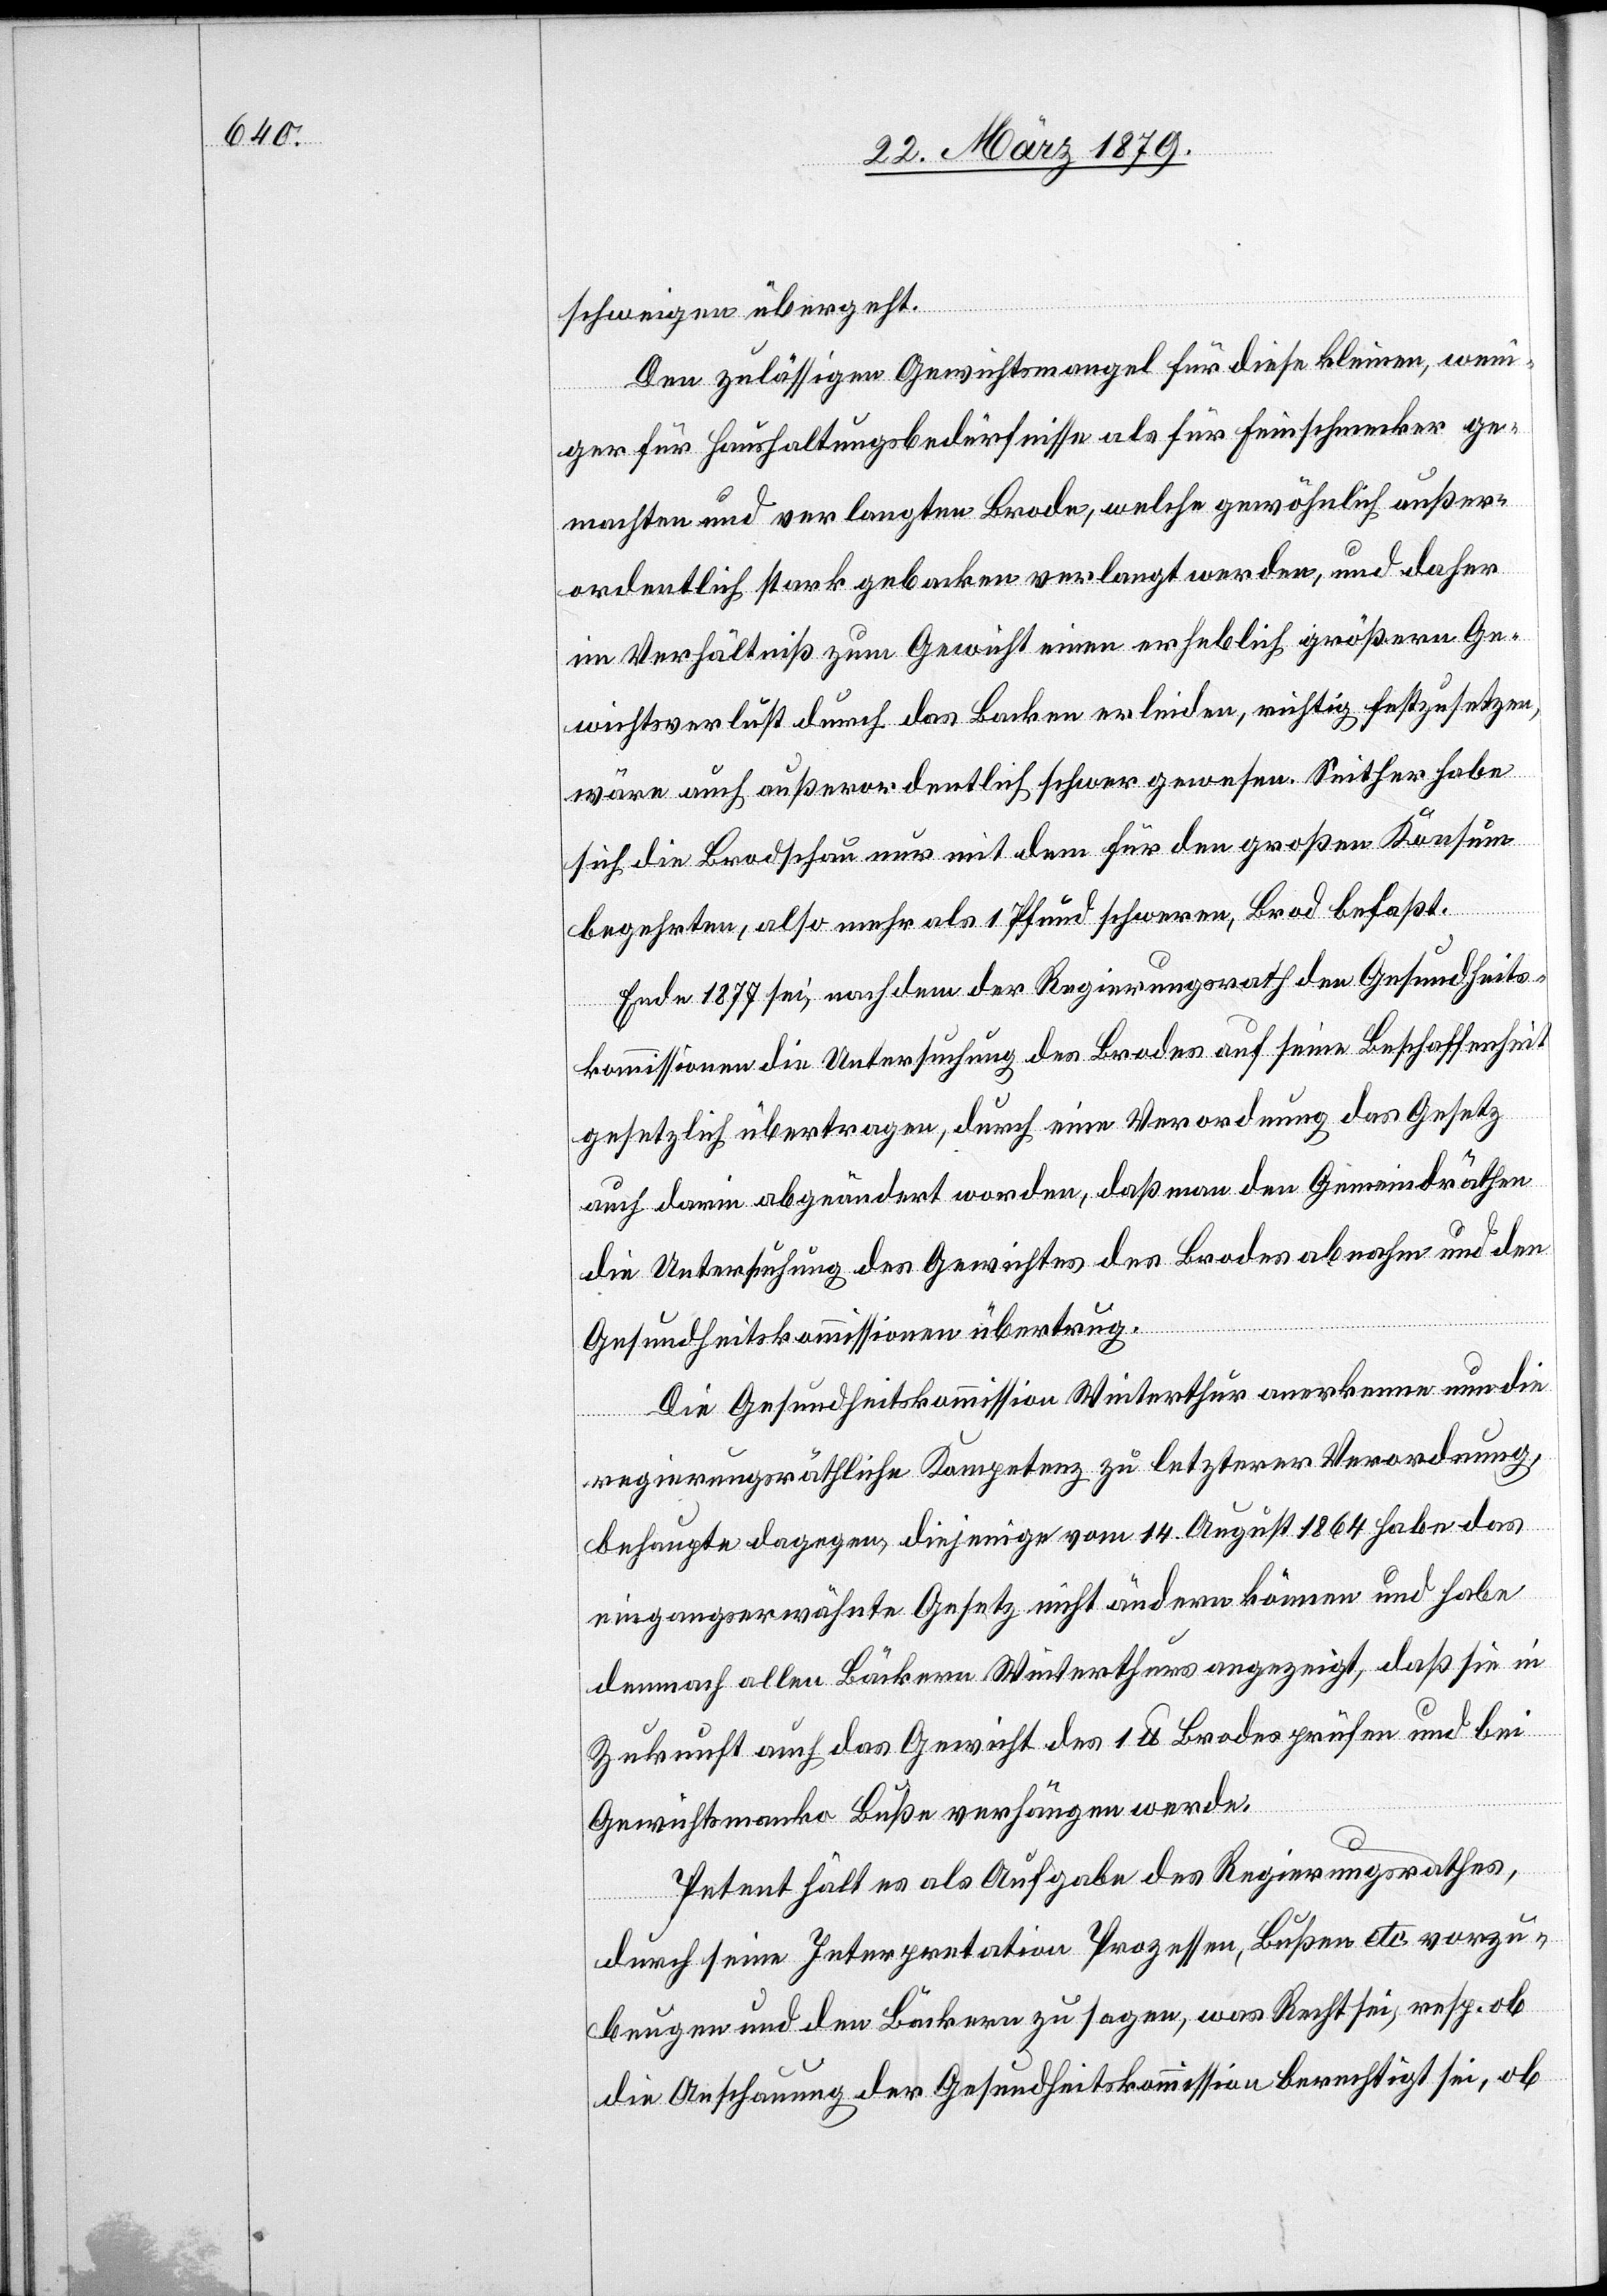
schweigen übergeht.
Den zulässigen Gewichtsmangel für diese kleinen, weni¬
ger für Haushaltungsbedürfnisse als für Feinschmecker ge¬
machten und verlangten Brode, welche gewöhnlich außer¬
ordentlich stark gebacken verlangt werden, und daher
im Verhältniß zum Gewicht einen erheblich größeren Ge¬
wichtsverlust durch das Backen erleiden, richtig festzusetzen,
wäre auch außerordentlich schwer gewesen. Seither habe
sich die Brodschau nur mit dem für den großen Konsum
begehrten, also mehr als 1 Pfund schweren, Brod befaßt.
Ende 1877 sei, nachdem der Regierungsrath den Gesundheits¬
kommissionen die Untersuchung des Brodes auf seine Beschaffenheit
gesetzlich übertragen, durch eine Verordnung das Gesetz
auch darin abgeändert worden, daß man den Gemeindräthen
die Untersuchung des Gewichtes des Brodes abnahm und den
Gesundheitskommissionen übertrug.
Die Gesundheitskommission Winterthur anerkenne nun die
regierungsräthliche Kompetenz zu letzterer Verordnung,
behaupte dagegen, diejenige vom 14. August 1864 habe das
eingangserwähnte Gesetz nicht ändern können und habe
demnach allen Bäckern Winterthurs angezeigt, daß sie in
Zukunft auch das Gewicht des 1 lb Brodes prüfen und bei
Gewichtsmanko Buße verhängen werde.
Petent hält es als Aufgabe des Regierungsrathes,
durch seine Interpretation Prozessen, Bußen etc. vorzu¬
beugen und den Bäckern zu sagen, was Recht sei, resp. ob
die Anschauung der Gesundheitskommission berechtigt sei, ob